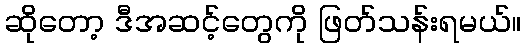
ဆိုတော့ ဒီအဆင့်တွေကို ဖြတ်သန်းရမယ်။